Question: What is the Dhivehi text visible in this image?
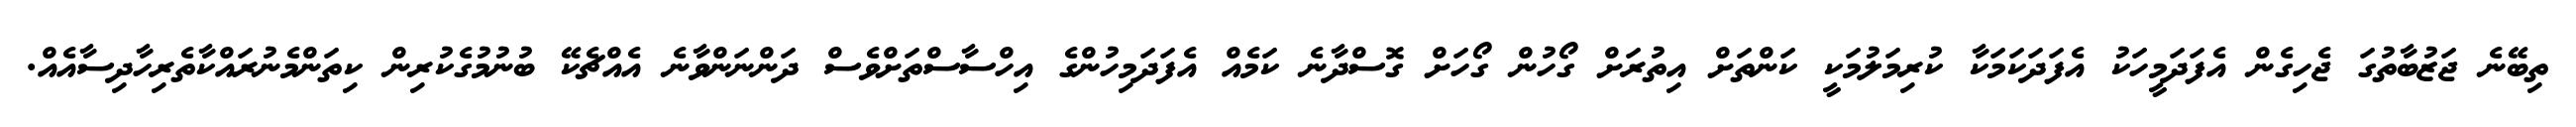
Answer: ތިބޭނެ ޖަޒުބާތުގަ ޖެހިގެން އެފަދަމީހަކު އެފަދަކަމަކާ ކުރިމަލުމަކީ ކަންތަށް އިތުރަށް ގޯހުން ގޯހަށް ގޮސްދާނެ ކަމެއް އެފަދަމިހުންގެ އިހްސާސްތަށްވެސް ދަންނަންވާނެ އެއްޗެކޭ ބުނުމުގެކުރިން ކިތަންމެނުރައްކާތެރިހާދިސާއެއް.